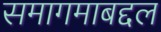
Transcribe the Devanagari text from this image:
समागमाबद्दल